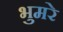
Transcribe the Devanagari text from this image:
भुमरे